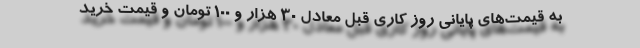
به قیمت‌های پایانی روز کاری قبل معادل 30 هزار و 100 تومان و قیمت خرید